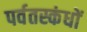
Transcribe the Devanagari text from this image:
पर्वतस्कंधों